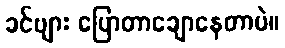
ခင်ဗျား ပြောတာချောနေတာပဲ။